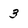
Character: 3